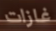
غازات